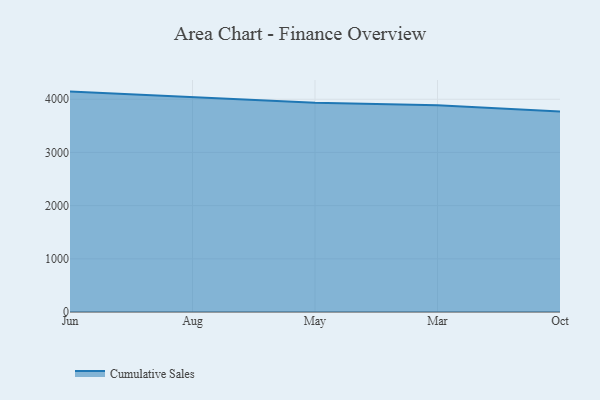
{"axis": {"x": "Month", "y": "LTV (USD)"}, "legend": ["Cumulative Sales"], "data": [{"x": "Jun", "y": 4143.9, "type": "Cumulative Sales"}, {"x": "Aug", "y": 4035.4, "type": "Cumulative Sales"}, {"x": "May", "y": 3933.1, "type": "Cumulative Sales"}, {"x": "Mar", "y": 3885.0, "type": "Cumulative Sales"}, {"x": "Oct", "y": 3771.4, "type": "Cumulative Sales"}]}